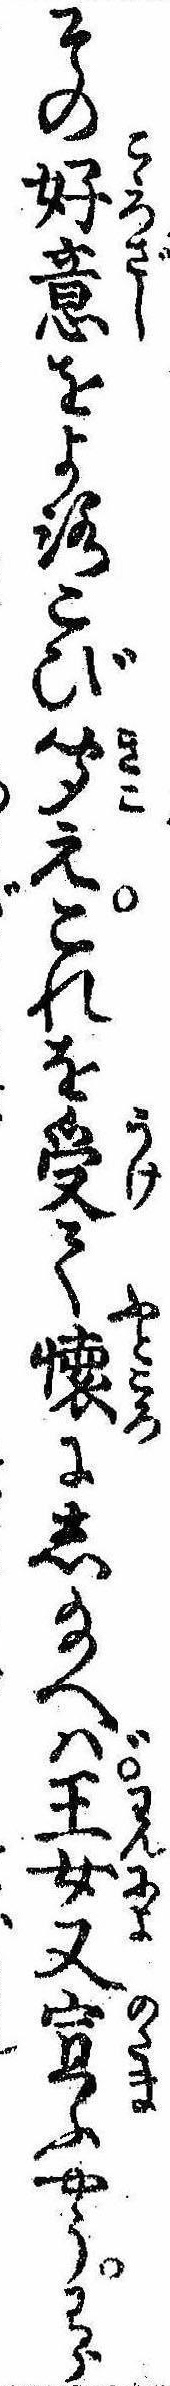
その好意をよろこび聞えこれを受て懐にし給へば王女又宣ふやうわら